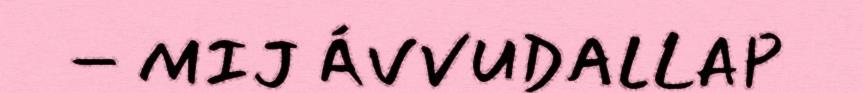
– MIJ ÁVVUDALLAP